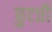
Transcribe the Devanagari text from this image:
छुटती